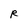
Character: R